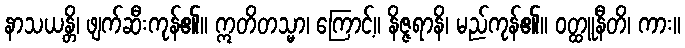
နာသယန္တိ၊ ဖျက်ဆီးကုန်၏။ ဣတိတသ္မာ၊ ကြောင့်။ နိဇ္ဇရာနိ၊ မည်ကုန်၏။ ဝတ္ထူနီတိ၊ ကား။